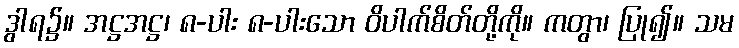
ဒွါရ၌။ အဋ္ဌအဋ္ဌ၊ ၈-ပါး ၈-ပါးသော ဝိပါက်စိတ်တို့ကို။ ကတွာ၊ ပြု၍။ သမ